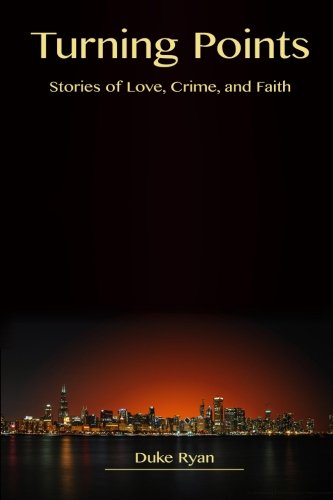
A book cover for Turning Points: Stories of Love, Crime, and Faith; Duke Ryan; Literature & Fiction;